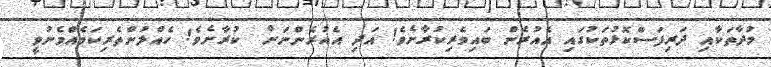
މުދާތަކާއި ދަރިފަސްކޮޅުތަކުގައި އެއުރެން ބައިވެރިކުރާށެވެ! އަދި އެއުރެންނަށް  ކުރާށެވެ! ހެއްލުންތެރިކަމެއްމެނުވީ